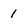
Character: 1